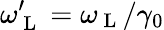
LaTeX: \omega_{\mathrm{~L~}}^{\prime}=\omega_{\mathrm{~L~}}/\gamma_{0}